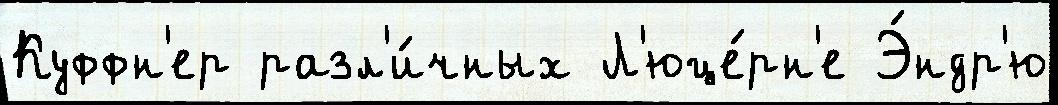
Куффн'ер разл'и́чных Л'юце́рн'е Э́ндр'ю